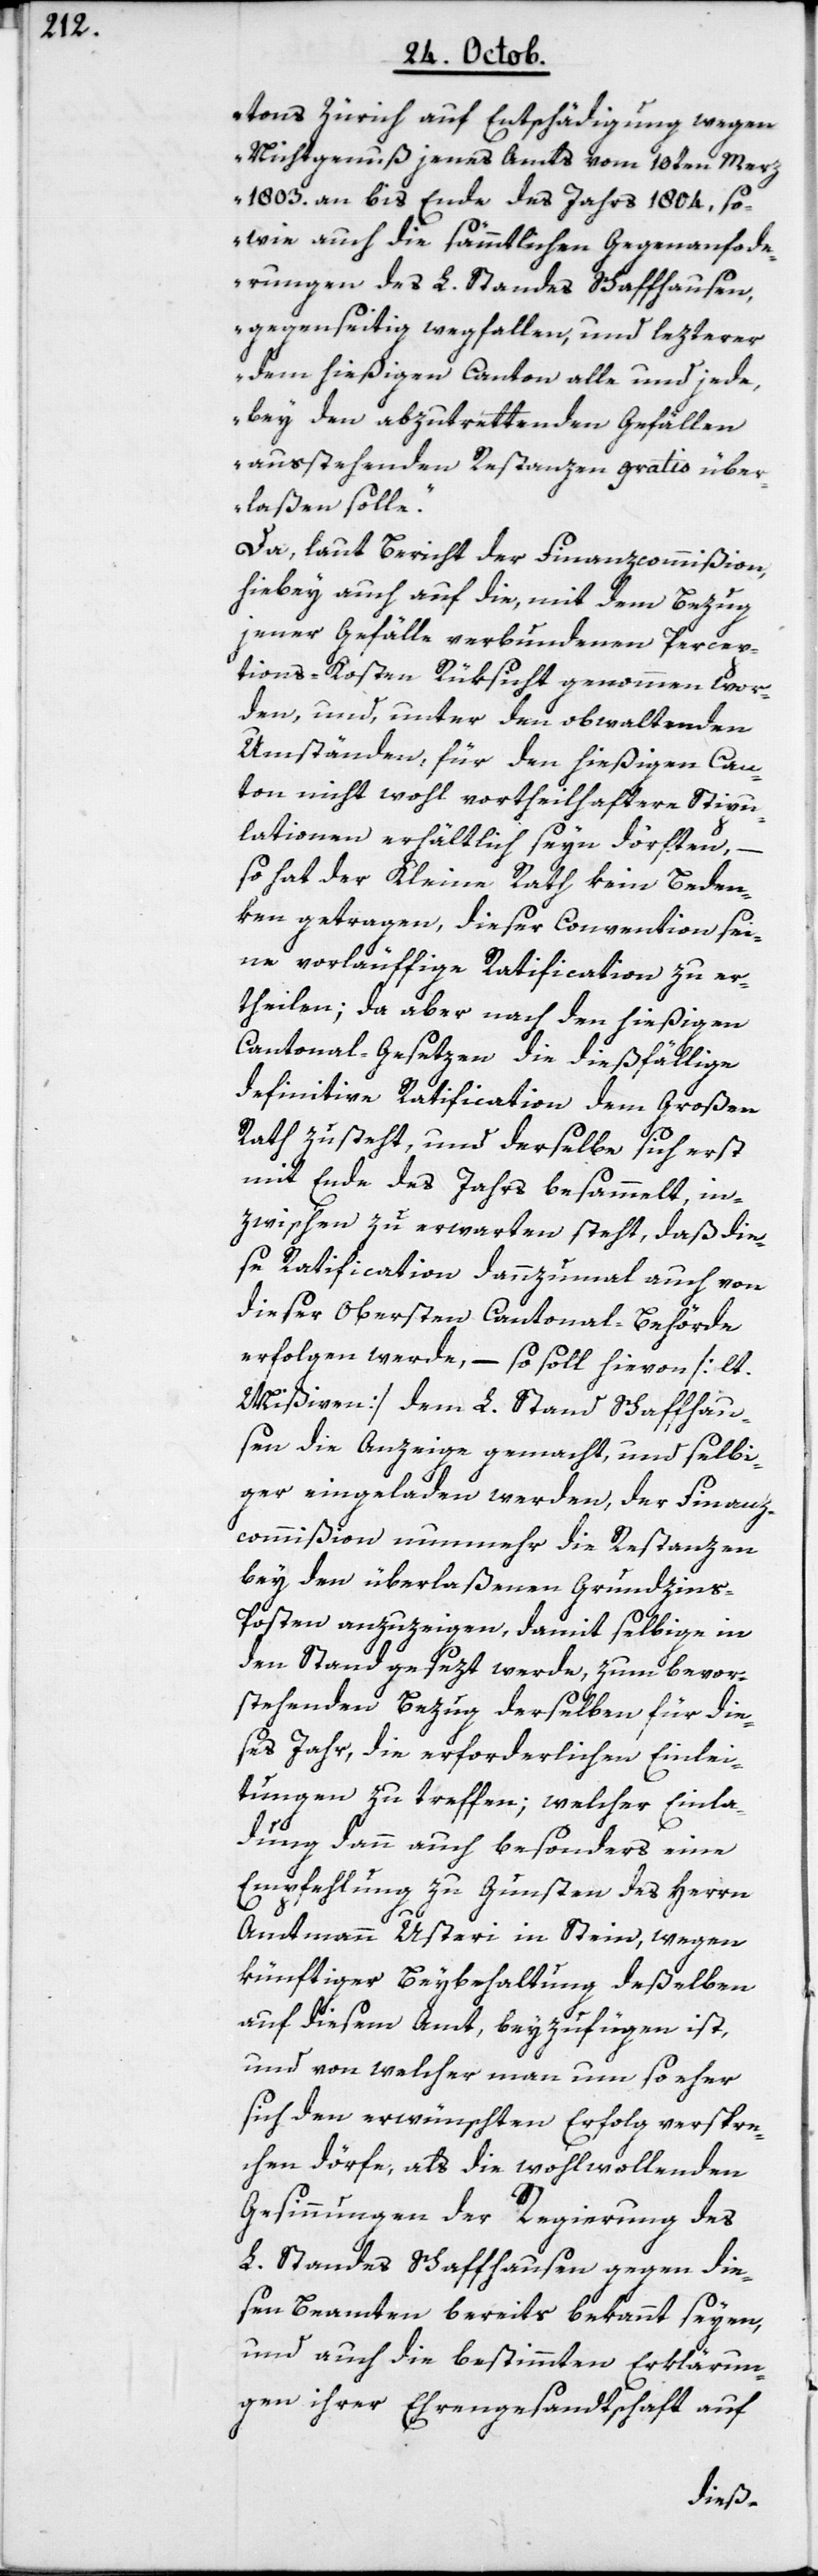
tons Zürich auf Entschädigung wegen
Nichtgenuß jenes Amts vom 19ten Merz
1803. an bis Ende des Jahrs 1804, so¬
wie auch die sämmtlichen Gegenforde¬
rungen des L. Standes Schaffhausen,
gegenseitig wegfallen, und lezterer
dem hießigen Canton alle und jede,
bey den abzutrettenden Gefällen
ausstehenden Restanzen gratis über¬
laßen solle“.
Da laut Bericht der Finanzcommißion,
hiebey auch auf die, mit dem Bezug
jener Gefälle verbundenen Percep¬
tions-Kosten Rüksicht genommen wor¬
den, und unter den obwaltenden
Umständen, für den hießigen Can¬
ton nicht wohl vortheilhaftere Stipu¬
lationen erhältlich seyn dörften,
–
so hat der Kleine Rath kein Beden¬
ken getragen, dieser Convention sei¬
ne vorläuffige Ratification zu er¬
theilen; da aber nach den hießigen
Cantonal-Gesetzen die dießfällige
definitive Ratification dem Großen
Rath zusteht, und derselbe sich erst
mit Ende des Jahrs besammelt, in¬
zwischen zu erwarten steht, daß die¬
se Ratification dannzumahl auch von
dieser Obersten Cantonal-Behörde
erfolgen werde, – so soll hievon [lt.
Mißiven] dem L. Stand Schaffhau¬
sen die Anzeige gemacht, und selbi¬
ger eingeladen werden, der Finanz¬
commißion nunmehr die Restanzen
bey den überlaßenen Grundzin¬
s-Posten anzuzeigen, damit selbige in
den Stand gesezt werde, zum bevor¬
stehenden Bezug derselben für die¬
ses Jahr, die erforderlichen Einlei¬
tungen zu treffen; welcher Einla¬
dung dann auch besonders eine
Empfehlung zu Gunsten des Herrn
Amtmann Usteri in Stein, wegen
künftiger Beybehaltung deßelben
auf diesem Amt, beyzufügen ist,
und von welcher man um so eher
sich den erwünschten Erfolg verspre¬
chen dörfe, als die wohlwollenden
Gesinnungen der Regierung des
L. Standes Schaffhausen gegen die¬
sen Beamten bereits bekannt seyen,
und auch die bestimmten Erklärun¬
gen ihrer Ehrengesandtschaft auf